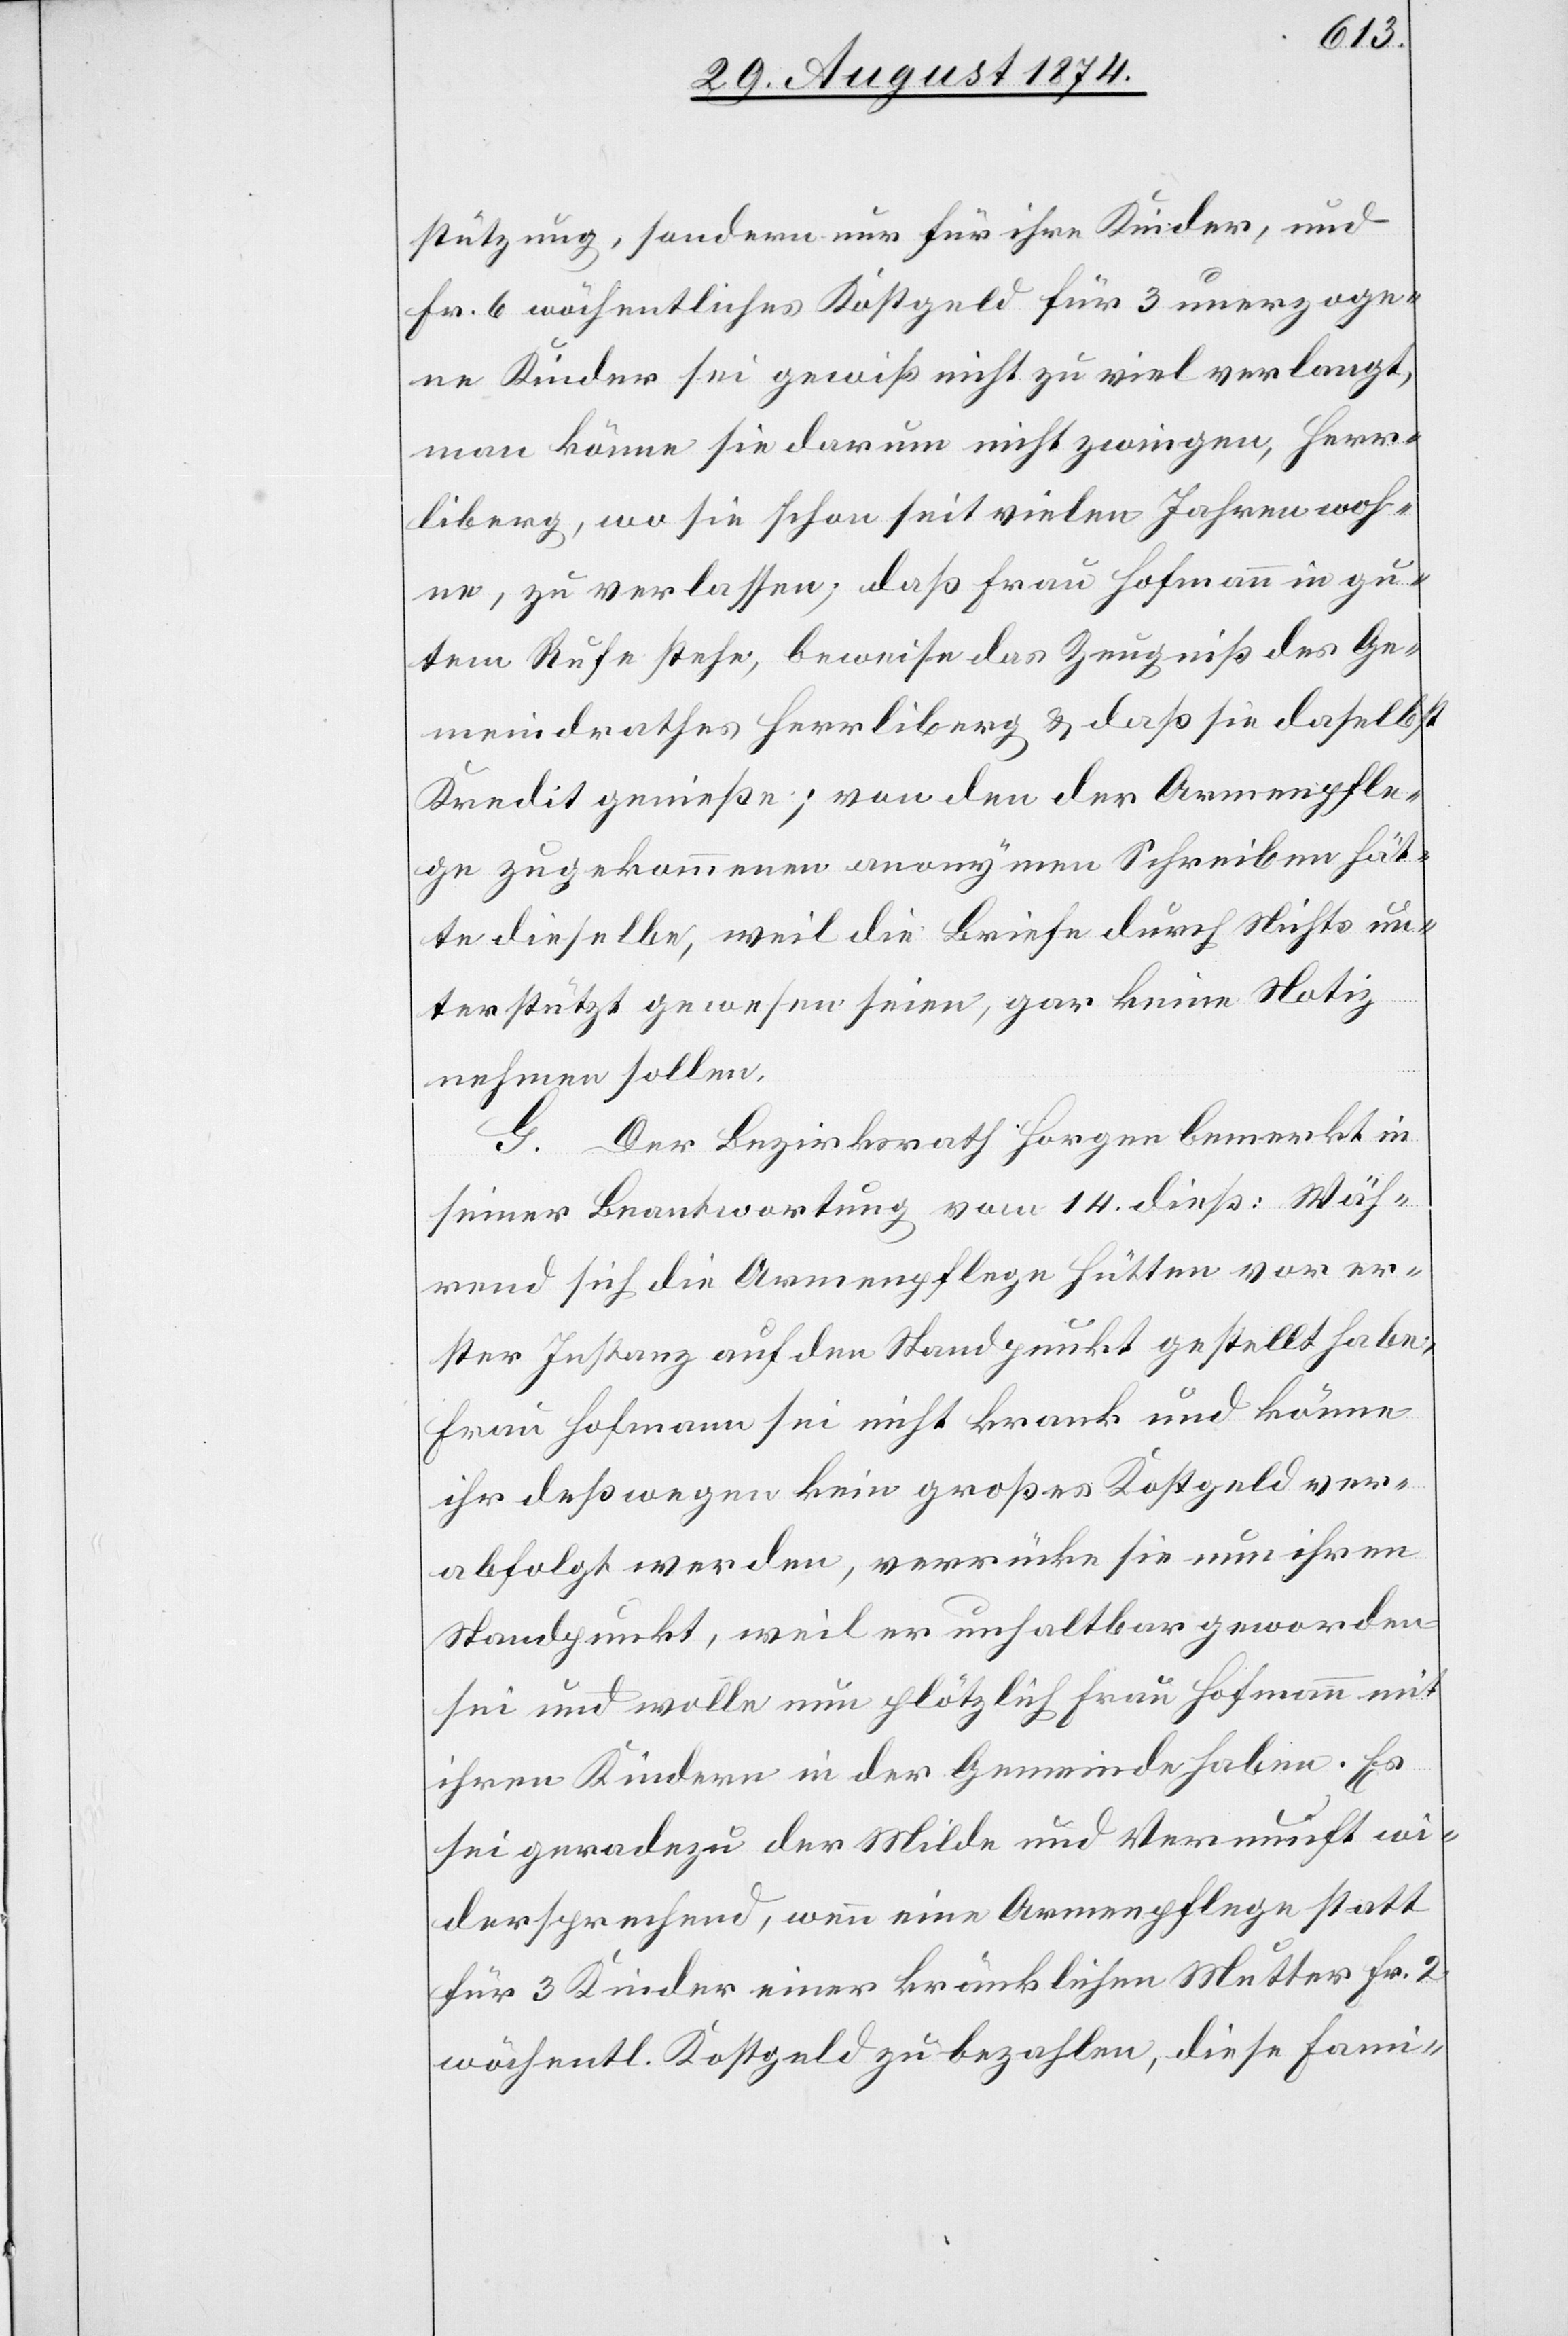
stützung, sondern nur für ihre Kinder, und
Fr. 6 wöchentliches Kostgeld für 3 unerzoge¬
ne Kinder sei gewiß nicht zu viel verlangt,
man könne sie darum nicht zwingen, Herr¬
liberg, wo sie schon seit vielen Jahren woh¬
ne, zu verlassen; daß Frau Hofmann in gu¬
tem Rufe stehe, beweise das Zeugniß des Ge¬
meindrathes Herrliberg u. daß sie daselbst
Kredit genieße; von den der Armenpfle¬
ge zugekommenen anonymen Schreiben hät¬
te dieselbe, weil die Briefe durch Nichts un¬
terstützt gewesen seien, gar keine Notiz
nehmen sollen.
G. Der Bezirksrath Horgen bemerkt in
seiner Beantwortung vom 14. dieß: Wäh¬
rend sich die Armenpflege Hütten vor er¬
ster Instanz auf den Standpunkt gestellt habe,
Frau Hofmann sei nicht krank und könne
ihr deßwegen kein großes Kostgeld ver¬
abfolgt werden, verrücke sie nun ihren
Standpunkt, weil er unhaltbar geworden
sei und wolle nun plötzliche Frau Hofmann mit
ihren Kindern in der Gemeinde haben. Es
sei geradezu der Milde und Vernunft wi¬
dersprechend, wenn eine Armenpflege statt
für 3 Kinder einer kränklichen Mutter Fr. 2
wöchentl. Kostgeld zu bezahlen, diese Fami-